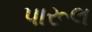
પારૂલ